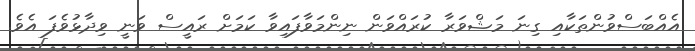
އެއްބަސްވުންތަކާއި ގިނަ މަޝްވަރާ ކުރައްވަން ނިންމަވާފައިވާ ކަމަށް ރައީސް ވަނީ ވިދާޅުވެފަ އެވެ.